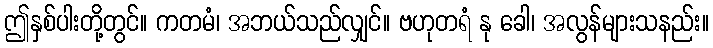
ဤနှစ်ပါးတို့တွင်။ ကတမံ၊ အဘယ်သည်လျှင်။ ဗဟုတရံ နု ခေါ၊ အလွန်များသနည်း။